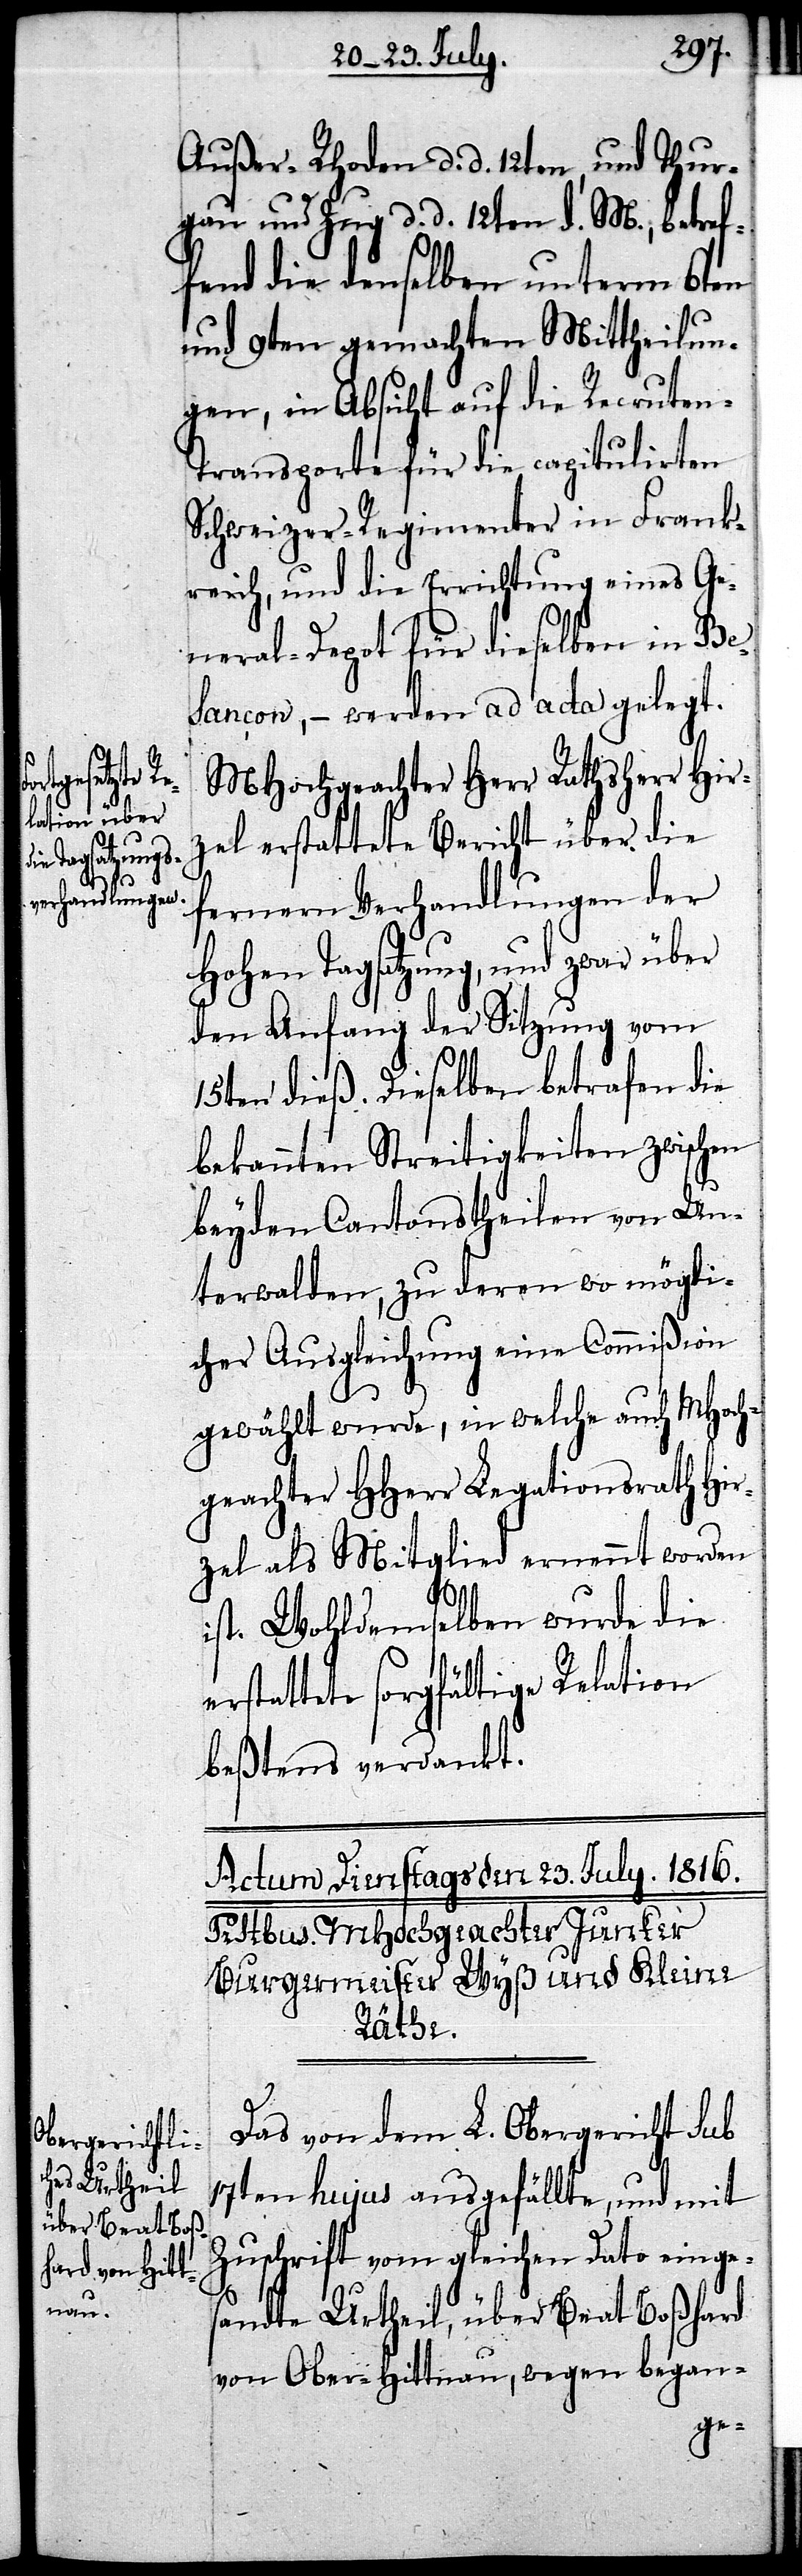
Außer-Rhoden d. d. 12ten, und Thur¬
gau und Zug d. d. 12ten d. M., betref¬
fend die denselben unterm 6ten
und 9ten gemachten Mittheilun¬
gen, in Absicht auf die Recruten-T¬
ransporte für die copulirten
Schweizer-Regimenter in Frank¬
reich, und die Errichtung eines Ge¬
neral-Depot für dieselben in Bes¬
ançcon, – werden ad acta gelegt.
MHochgeachter Herr Rathsherr Hir¬
zel erstattete Bericht über die
fernern Verhandlungen der
Hohen Tagsatzung, und zwar über
den Anfang der Sitzung vom
15ten dieß. Dieselben betrafen die
bekannten Streitigkeiten zwischen
beyden Cantonstheilen von Un¬
terwalden, zu deren wo mögli¬
cher Ausgleichung eine Commißion
gewählt wurde, in welche auch MHoch¬
geachter HHerr Legationsrath Hir¬
zel als Mitglied ernennt worden
ist. Wohldemselben wurde die
erstattete Relation
beßtens verdankt.
Das von dem L. Obergericht sub
17ten hujus ausgefällte, und mit
Zuschrift vom gleichen Dato einges¬
andte Urtheil, über Beat Boßhard
von Ober-Hittnau, wegen began-